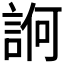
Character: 𧨂